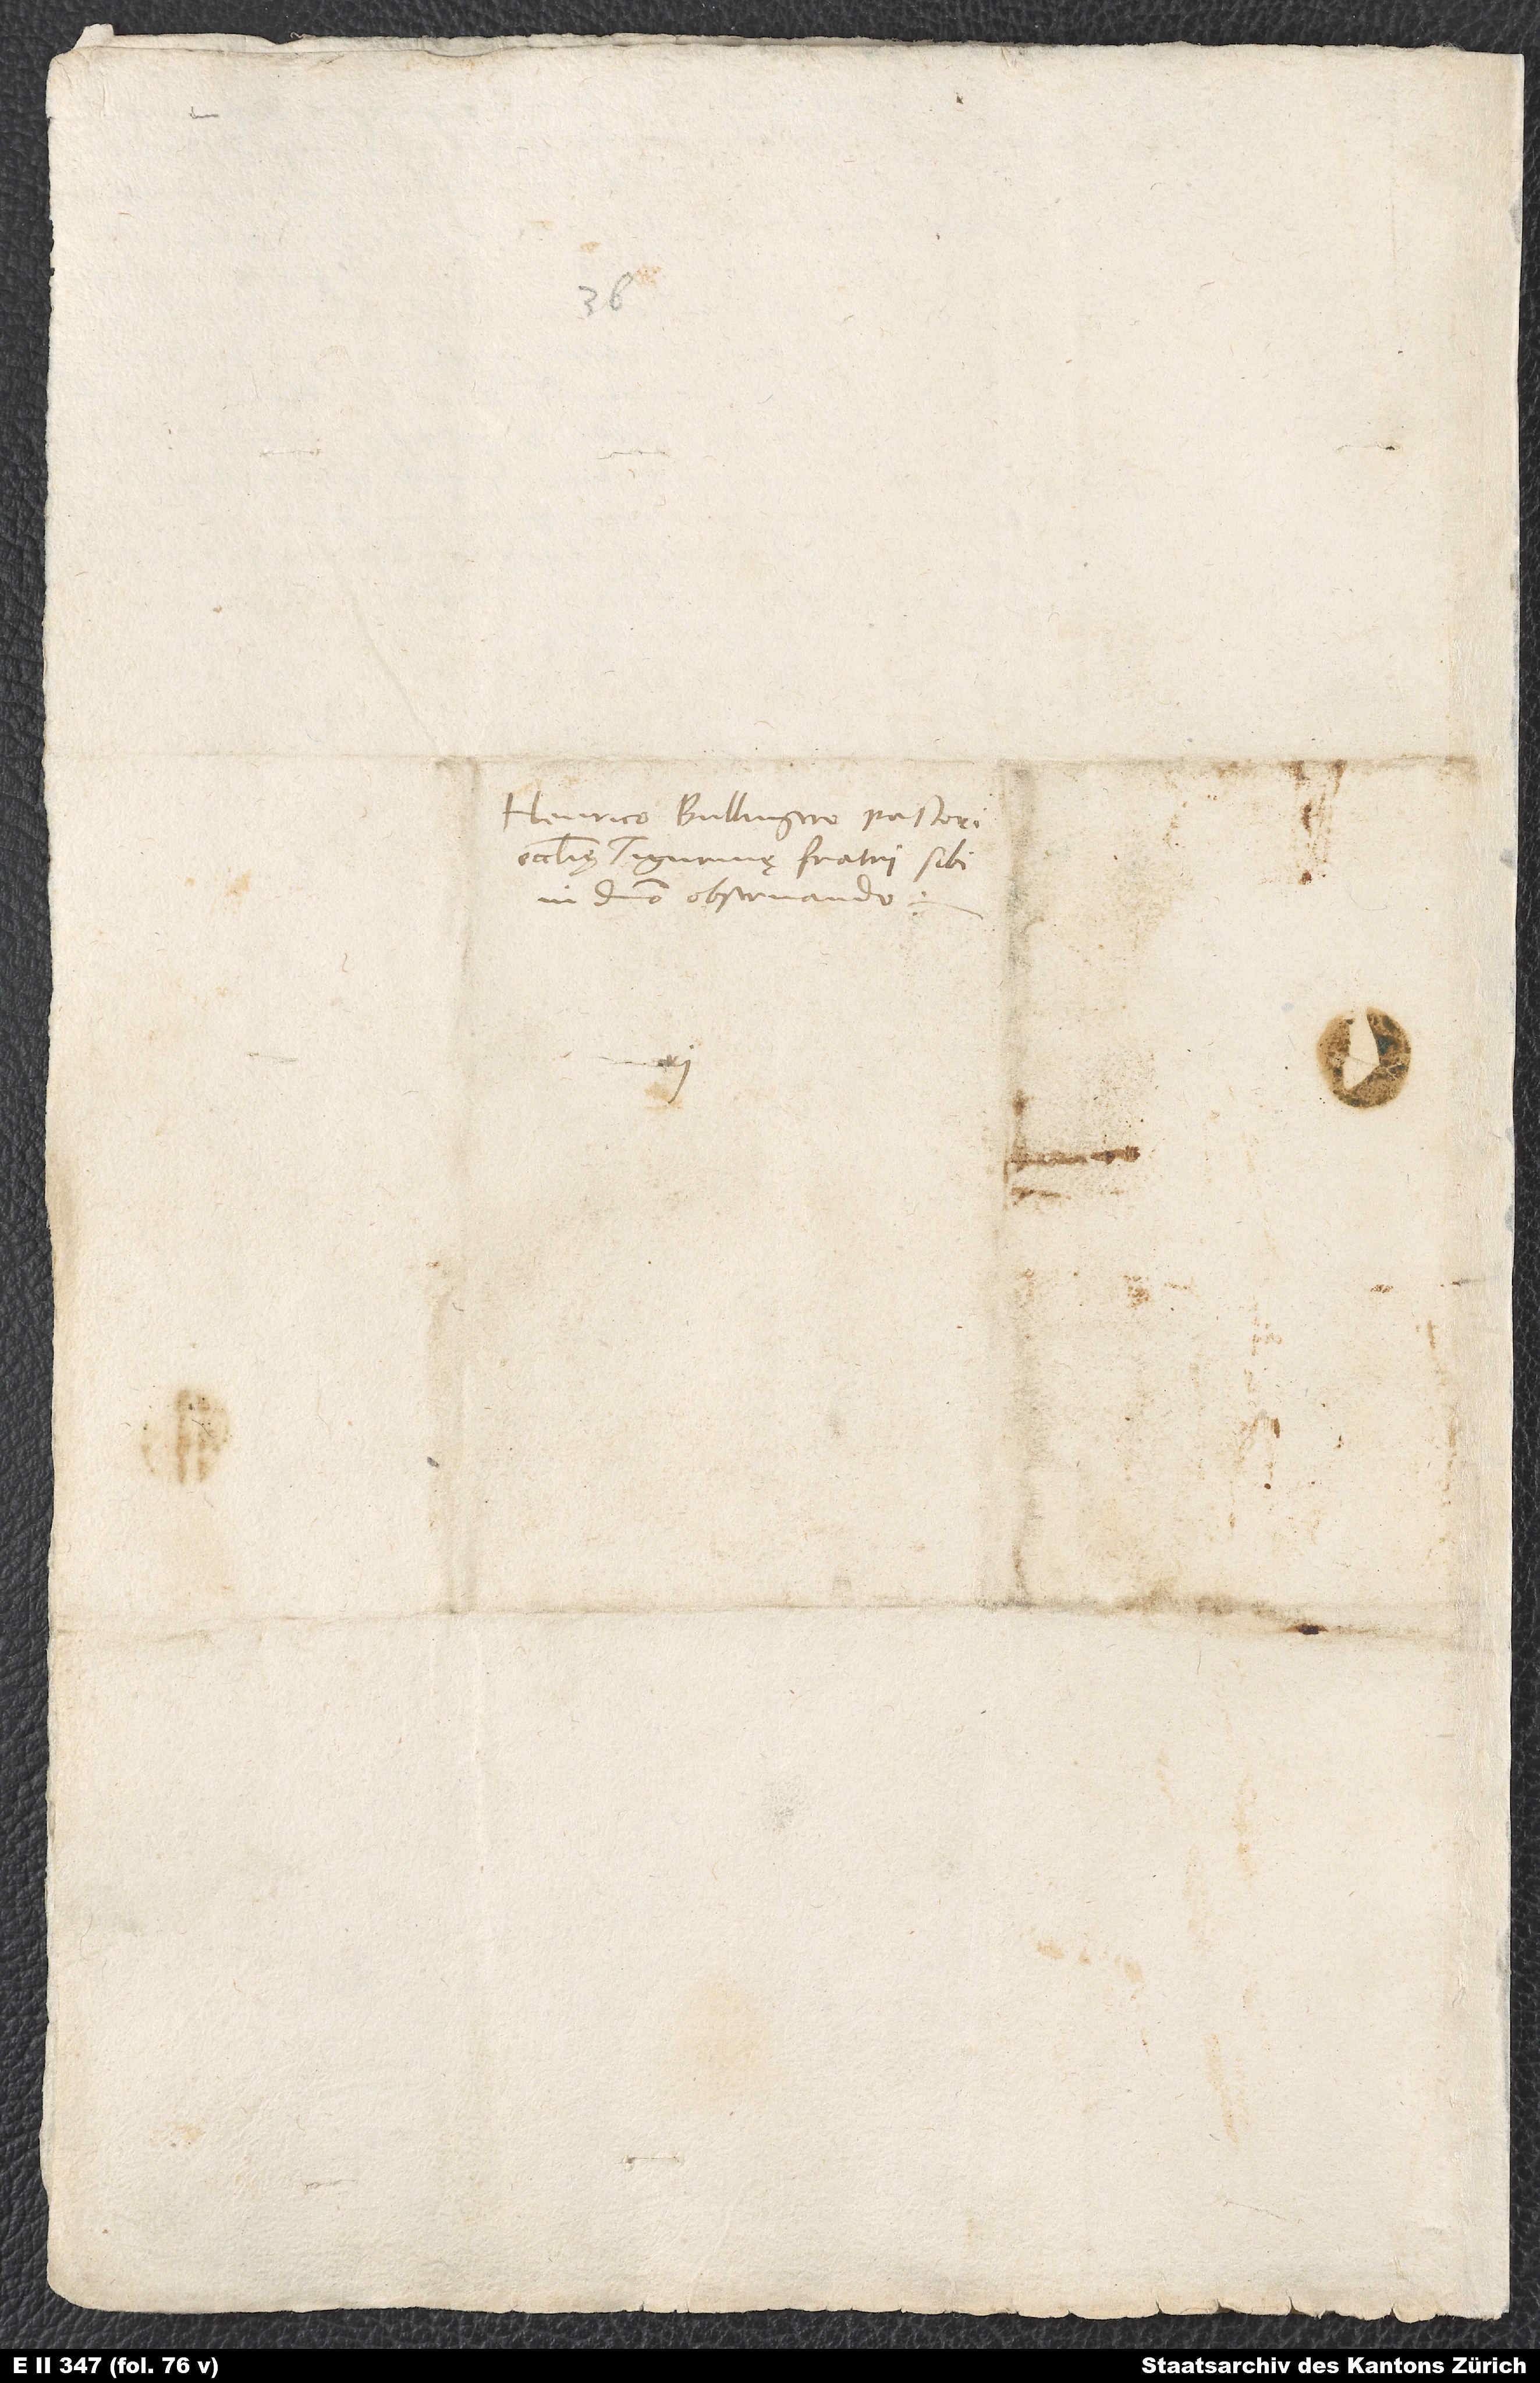
Henrico Bullingero, pastori
ecclesię Tigurinę, fratri sibi
in domino observando.

S.